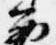
西